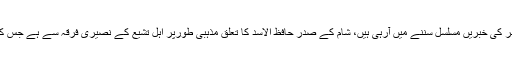
چند برسوں سے شام میں علماء اور دینی حلقوں کے خلاف ریاستی جبر کی خبریں مسلسل سننے میں آرہی ہیں، شام کے صدر حافظ الاسد کا تعلق مذہبی طورپر اہل تشیع کے نصیری فرقہ سے ہے جس کے عقیدہ میں حضرت علیؓ کو (معاذ اللہ) الوہیت کا درجہ حاصل ہے۔